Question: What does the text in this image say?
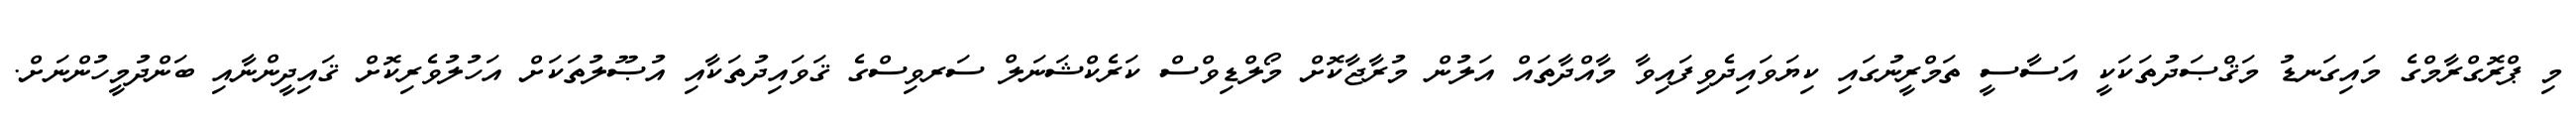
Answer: މި ޕްރޮގްރާމްގެ މައިގަނޑު މަޤްޞަދުތަކަކީ އަސާސީ ތަމްރީނުގައި ކިޔަވައިދެވިފައިވާ މާއްދާތައް އަލުން މުރާޖާކޮށް މޯލްޑިވްސް ކަރެކްޝަނަލް ސަރވިސްގެ ޤަވައިދުތަކާއި އުޞޫލުތަކަށް އަހުލުވެރިކޮށް ޤައިދީންނާއި ބަންދުމީހުންނަށް.